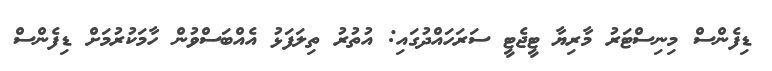
ޑިފެންސް މިނިސްޓަރު މާރިޔާ ޓީޖެޓީ ސަރަހައްދުގައި: އުތުރު ތިލަފަޅު އެއްބަސްވުން ހާމަކުރުމަށް ޑިފެންސް